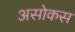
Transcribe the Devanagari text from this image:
असोकस